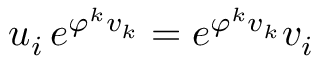
u _ { i } \, e ^ { \varphi ^ { k } v _ { k } } = e ^ { \varphi ^ { k } v _ { k } } v _ { i }